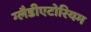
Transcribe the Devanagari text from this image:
ग्लैडीएटोरियम